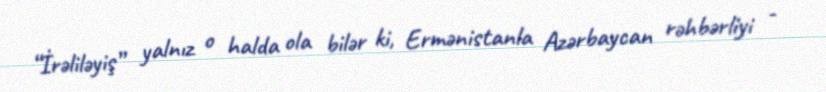
“İrəliləyiş” yalnız o halda ola bilər ki, Ermənistanla Azərbaycan rəhbərliyi -